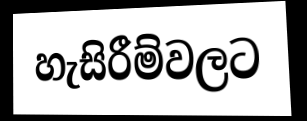
හැසිරීම්වලට